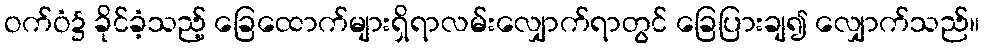
ဝက်ဝံ၌ ခိုင်ခံ့သည့် ခြေထောက်များရှိရာလမ်းလျှောက်ရာတွင် ခြေပြားချ၍ လျှောက်သည်။